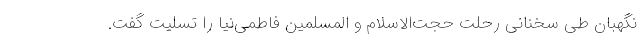
نگهبان طی سخنانی رحلت حجت‌الاسلام و المسلمین فاطمی‌نیا را تسلیت گفت.